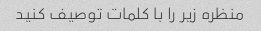
منظره زیر را با کلمات توصیف کنید